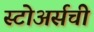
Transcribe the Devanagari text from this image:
स्टोअर्सची